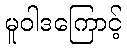
မူဝါဒကြောင့်